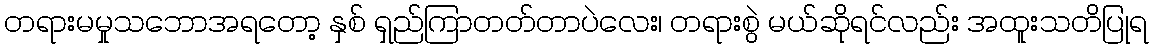
တရားမမှုသဘောအရတော့ နှစ် ရှည်ကြာတတ်တာပဲလေး၊ တရားစွဲ မယ်ဆိုရင်လည်း အထူးသတိပြုရ